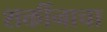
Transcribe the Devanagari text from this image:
शक्तींनाचा